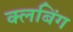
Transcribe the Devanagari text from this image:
क्लबिंग